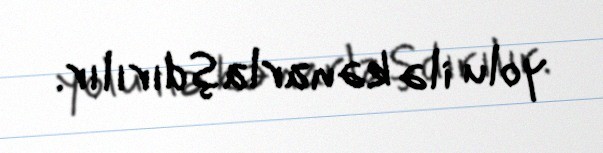
yolu ilə kənarlaşdırılır.